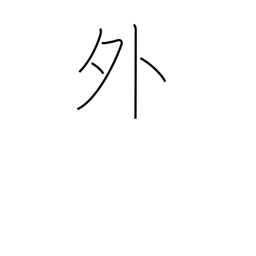
Meaning: outside